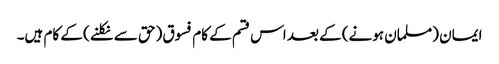
ایمان (مسلمان ہونے) کے بعد اس قسم کے کام فسوق (حق سے نکلنے) کے کام ہیں۔